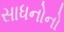
સાધનોનો